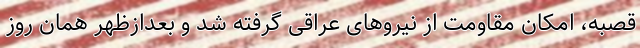
قصبه، امکان مقاومت از نیروهای عراقی گرفته شد و بعدازظهر همان روز